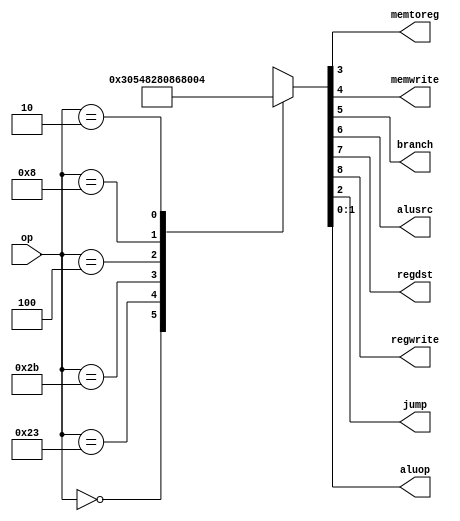
`default_nettype none

module maindec(input wire [5:0] op,
               output wire memtoreg, memwrite, branch,
                      alusrc, regdst,
               output wire regwrite, jump,
               output wire [1:0] aluop);

    reg [8:0] controls;

    assign {regwrite, regdst, alusrc, branch, memwrite,
            memtoreg, jump, aluop} = controls;

    always @(*)
        case (op)
            6'b00_0000: controls <= 9'b1_1000_0010; //Rtype 
            6'b10_0011: controls <= 9'b1_0100_1000; //lw 
            6'b10_1011: controls <= 9'b0_0101_0000; //sw 
            6'b00_0100: controls <= 9'b0_0010_0001; //beq 
            6'b00_1000: controls <= 9'b1_0100_0000; //addi 
            6'b00_0010: controls <= 9'b0_0000_0100; //j 
            default: controls <= 9'bx_xxxx_xxxx; //??? 
        endcase

endmodule

`default_nettype wire